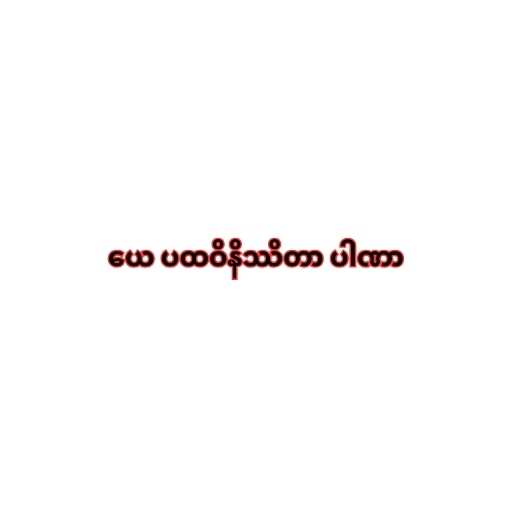
ယေ ပထဝိနိဿိတာ ပါဏာ